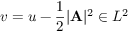
v = u - \frac 1 2 \vert \mathbf { A } \vert ^ { 2 } \in L ^ { 2 }